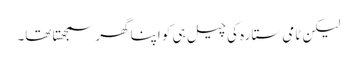
لیکن ٹامی ستارہ کی چیل ہی کو اپنا گھر سمجھتا تھا۔